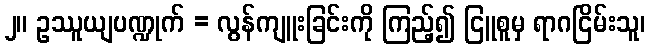
၂။ ဥဿူယျပဏ္ဍုက် = လွန်ကျူးခြင်းကို ကြည့်၍ ငြူစူမှ ရာဂငြိမ်းသူ၊